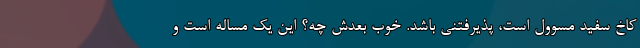
کاخ سفید مسوول است، پذیرفتنی باشد. خوب بعدش چه؟ این یک مساله است و